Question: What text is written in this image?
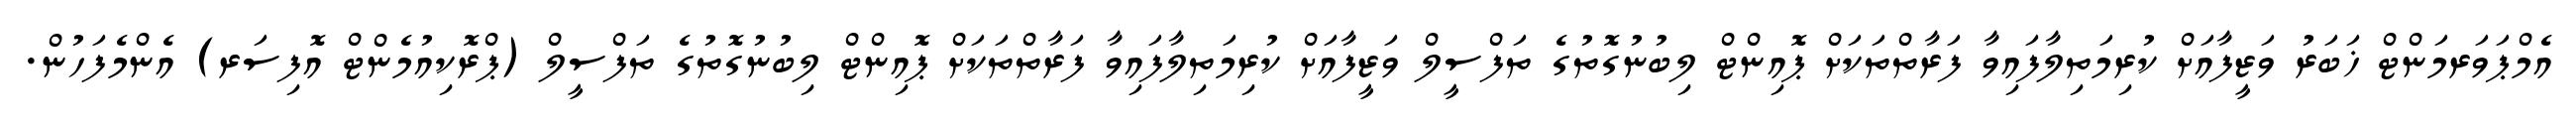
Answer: އެމްޕަވަރމަންޓް ޚަބަރު ވަޒީފާއަށް ކުރިމަތިލާފައިވާ ފަރާތްތަކަށް ޕޮއިންޓް ލިބުނުގޮތުގެ ތަފްސީލް ވަޒީފާއަށް ކުރިމަތިލާފައިވާ ފަރާތްތަކަށް ޕޮއިންޓް ލިބުނުގޮތުގެ ތަފްސީލް (ޕްރޮކިއުމެންޓް އޮފިސަރ) އެންމެފަހުން.